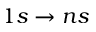
1 s \rightarrow n s